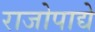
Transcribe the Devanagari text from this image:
राजोपाद्ये